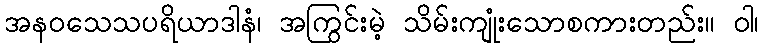
အနဝသေသပရိယာဒါနံ၊ အကြွင်းမဲ့ သိမ်းကျုံးသောစကားတည်း။ ဝါ၊